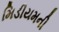
મિડીયમની